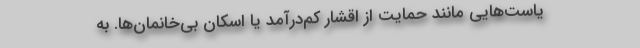
یاست‌هایی مانند حمایت از اقشار کم‌درآمد یا اسکان بی‌خانمان‌ها. به